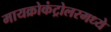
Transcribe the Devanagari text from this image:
मायक्रोकंट्रोलरमध्ये